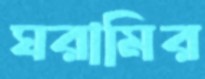
ঘরামির